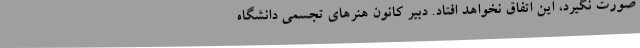
صورت نگیرد، این اتفاق نخواهد افتاد. دبیر کانون هنرهای تجسمی دانشگاه